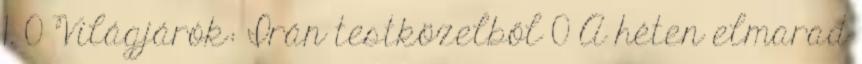
1. 0 Világjárók: Irán testközelből 0 A héten elmarad